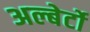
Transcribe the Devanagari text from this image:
अल्बेर्टो